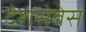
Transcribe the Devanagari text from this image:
देशसेवेस